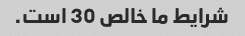
شرایط ما خالص 30 است.